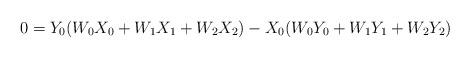
LaTeX: \begin{align*} 0 = Y_0(W_0 X_0 + W_1 X_1 + W_2 X_2) - X_0(W_0 Y_0 + W_1 Y_1 + W_2 Y_2)\end{align*}